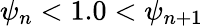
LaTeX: \psi_{n}<1.0<\psi_{n+1}